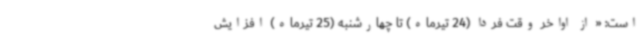
است: « از اواخر وقت فردا (24 تیرماه) تا چهارشنبه (25 تیرماه) افزایش